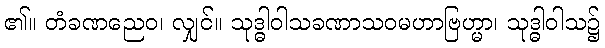
၏။ တံခဏညေဝ၊ လျှင်။ သုဒ္ဓါဝါသခဏာသဝမဟာဗြဟ္မာ၊ သုဒ္ဓါဝါသ၌